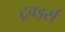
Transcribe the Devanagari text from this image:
टूवर्ड्स